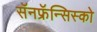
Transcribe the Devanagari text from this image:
सॅनफ्रॅन्सिस्को